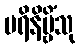
ပရိနိဗ္ဗိံသု